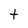
Character: t